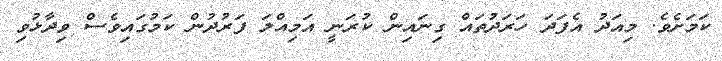
ކަމަަށެވެ. މިއަދު އެފަދަ ހަރަދުތައް ގިނައިން ކުރަނީ އަމިއްލަ ފަރުދުން ކަމުގައިވެސް ވިދާޅުވި